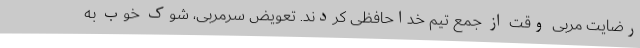
رضایت مربی وقت از جمع تیم خداحافظی کردند. تعویض سرمربی، شوک خوب به